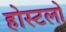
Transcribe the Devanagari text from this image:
होस्टलो